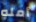
أمله